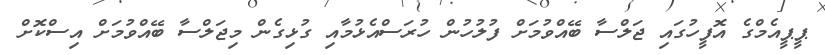
ޕީޕީއެމްގެ އޮފީހުގައި ޖަލްސާ ބޭއްވުމަށް ފުލުހުން ހުރަސްއެޅުމާއި ގުޅިގެން މިޖަލްސާ ބޭއްވުމަށް އިސްކޮށް